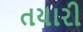
તયારી